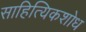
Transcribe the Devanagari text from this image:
साहित्यिकशोध